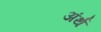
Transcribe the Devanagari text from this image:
अंर्थ